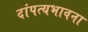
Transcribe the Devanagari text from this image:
दांपत्यभावना